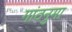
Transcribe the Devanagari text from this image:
गांठनुमा